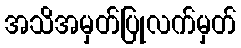
အသိအမှတ်ပြုလက်မှတ်